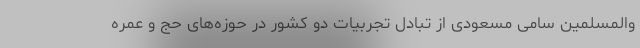
والمسلمین سامی مسعودی از تبادل تجربیات دو کشور در حوزه‌های حج و عمره